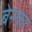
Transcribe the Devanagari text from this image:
बेरका